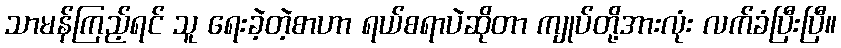
သာမန်ကြည့်ရင် သူ ရေးခဲ့တဲ့စာဟာ ရယ်စရာပဲဆိုတာ ကျုပ်တို့အားလုံး လက်ခံပြီးပြီ။